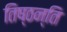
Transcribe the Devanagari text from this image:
तिष्ठन्ति